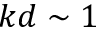
k d \sim 1